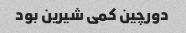
دورچین کمی شیرین بود